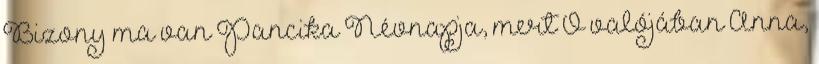
Bizony ma van Pancika Névnapja, mert Ő valójában Anna,